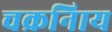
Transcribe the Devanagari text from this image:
चक्रनािय